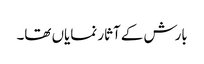
بارش کے آثار نمایاں تھا۔